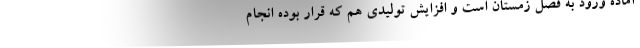
آماده ورود به فصل زمستان است و افزایش تولیدی هم که قرار بوده انجام